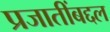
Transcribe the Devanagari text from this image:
प्रजातींबद्दल